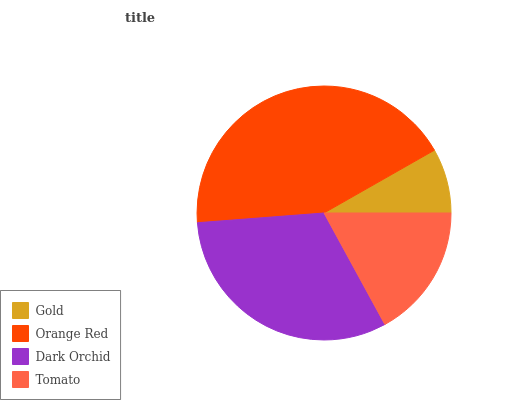
| Gold | Orange Red | Dark Orchid | Tomato |
 | --- | --- | --- | --- |
 | 8.24% | 43% | 31.7% | 17% |